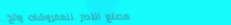
مصنع النصر للمفروشات والخ